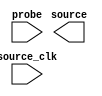

module ISSP (
	probe,
	source_clk,
	source);	

	input	[68:0]	probe;
	input		source_clk;
	output	[92:0]	source;
endmodule